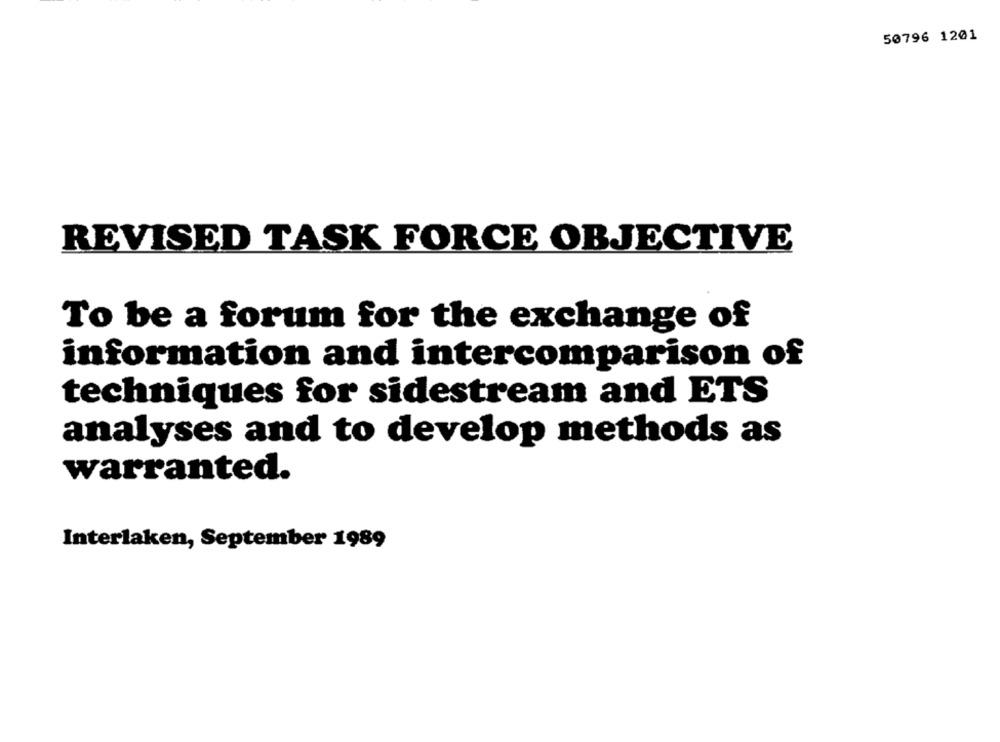
50796 1201
REVISED TASK FORCE OBJECTIVE
To be a forum for the exchange of
information and intercomparison of
techniques for sidestream and ETS
analyses and to develop methods as
warranted.
Interlaken, September 1989